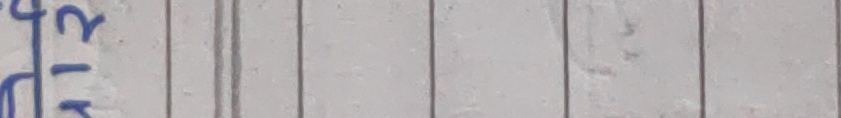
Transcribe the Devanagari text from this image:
४१२